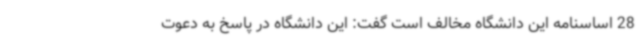
28 اساسنامه این دانشگاه مخالف است گفت: این دانشگاه در پاسخ به دعوت